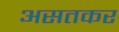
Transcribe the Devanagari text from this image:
असतकर